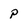
Character: p